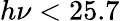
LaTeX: h\nu<25.7